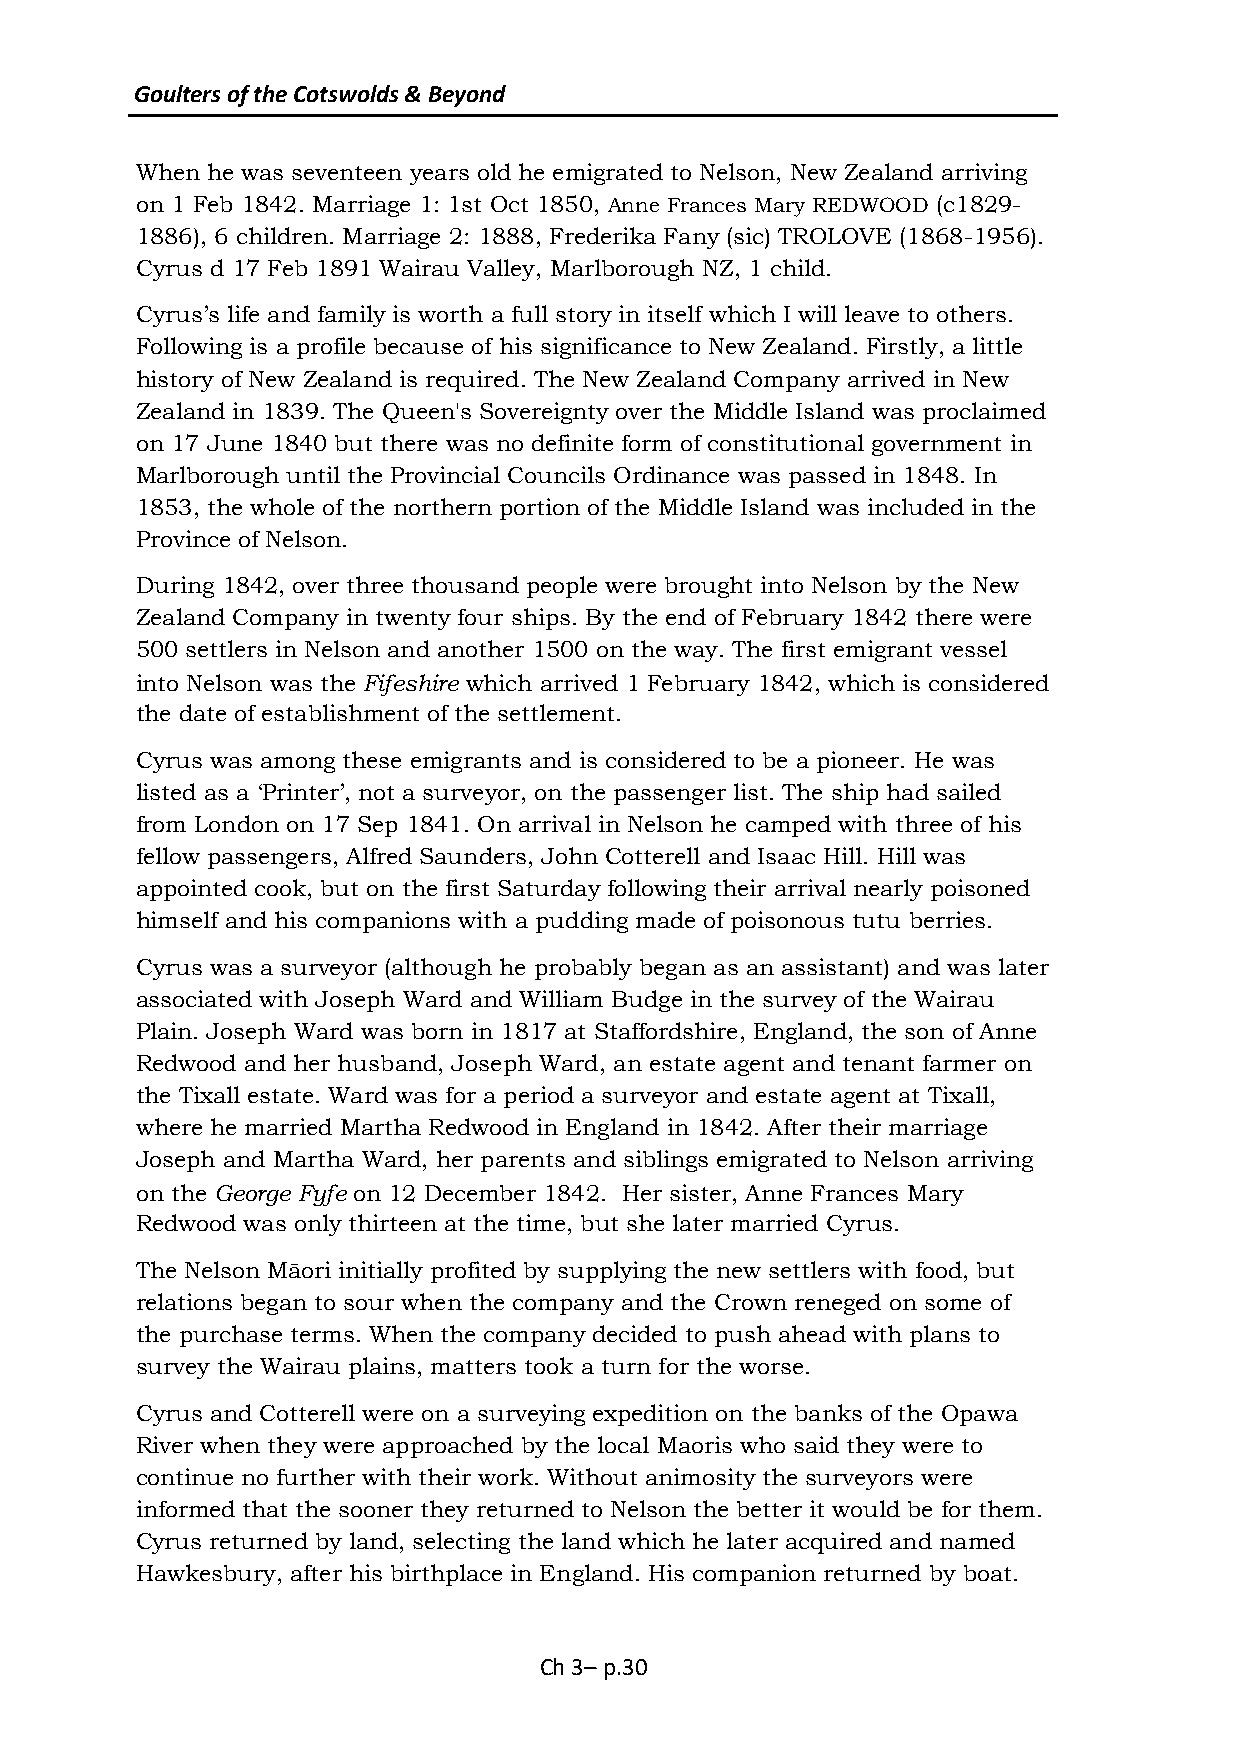
Goulters of the Cotswolds & Beyond
 When he was seventeen years old he emigrated to Nelson, New Zealand arriving
 on 1 Feb 1842. Marriage 1: 1st Oct 1850, Anne Frances Mary REDWOOD (c1829-
 1886), 6 children. Marriage 2: 1888, Frederika Fany (sic) TROLOVE (1868-1956).
 Cyrus d 17 Feb 1891 Wairau Valley, Marlborough NZ, 1 child.
 Cyrus’s life and family is worth a full story in itself which I will leave to others.
 Following is a profile because of his significance to New Zealand. Firstly, a little
 history of New Zealand is required. The New Zealand Company arrived in New
 Zealand in 1839. The Queen's Sovereignty over the Middle Island was proclaimed
 on 17 June 1840 but there was no definite form of constitutional government in
 Marlborough until the Provincial Councils Ordinance was passed in 1848. In
 1853, the whole of the northern portion of the Middle Island was included in the
 Province of Nelson.
 During 1842, over three thousand people were brought into Nelson by the New
 Zealand Company in twenty four ships. By the end of February 1842 there were
 500 settlers in Nelson and another 1500 on the way. The first emigrant vessel
 into Nelson was the Fifeshire which arrived 1 February 1842, which is considered
 the date of establishment of the settlement.
 Cyrus was among these emigrants and is considered to be a pioneer. He was
 listed as a ‘Printer’, not a surveyor, on the passenger list. The ship had sailed
 from London on 17 Sep 1841. On arrival in Nelson he camped with three of his
 fellow passengers, Alfred Saunders, John Cotterell and Isaac Hill. Hill was
 appointed cook, but on the first Saturday following their arrival nearly poisoned
 himself and his companions with a pudding made of poisonous tutu berries.
 Cyrus was a surveyor (although he probably began as an assistant) and was later
 associated with Joseph Ward and William Budge in the survey of the Wairau
 Plain. Joseph Ward was born in 1817 at Staffordshire, England, the son of Anne
 Redwood and her husband, Joseph Ward, an estate agent and tenant farmer on
 the Tixall estate. Ward was for a period a surveyor and estate agent at Tixall,
 where he married Martha Redwood in England in 1842. After their marriage
 Joseph and Martha Ward, her parents and siblings emigrated to Nelson arriving
 on the George Fyfe on 12 December 1842. Her sister, Anne Frances Mary
 Redwood was only thirteen at the time, but she later married Cyrus.
 The Nelson Māori initially profited by supplying the new settlers with food, but
 relations began to sour when the company and the Crown reneged on some of
 the purchase terms. When the company decided to push ahead with plans to
 survey the Wairau plains, matters took a turn for the worse.
 Cyrus and Cotterell were on a surveying expedition on the banks of the Opawa
 River when they were approached by the local Maoris who said they were to
 continue no further with their work. Without animosity the surveyors were
 informed that the sooner they returned to Nelson the better it would be for them.
 Cyrus returned by land, selecting the land which he later acquired and named
 Hawkesbury, after his birthplace in England. His companion returned by boat.
 Ch 3– p.30